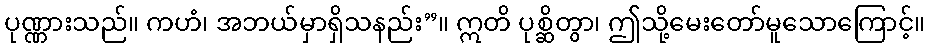
ပုဏ္ဏားသည်။ ကဟံ၊ အဘယ်မှာရှိသနည်း”။ ဣတိ ပုစ္ဆိတွာ၊ ဤသို့မေးတော်မူသောကြောင့်။